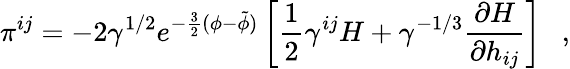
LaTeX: \pi^{ij}=-2\gamma^{1/2}e^{-\frac{3}{2}(\phi-\tilde{\phi})}\left[\frac{1}{2}\gamma^{ij}H+\gamma^{-1/3}\frac{\partial H}{\partial h_{ij}}\right]~~~,